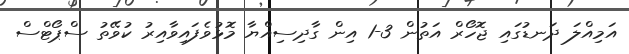
އަމިއްލަ ދަނޑުގައި ޖޮހޯރް އަތުން 3-1 އިން ގާދިސިއްޔާ މޮޅުވެފައިވާއިރު ކުވޭތު ސްޕޯޓްސް